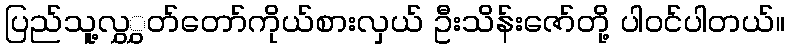
ပြည်သူ့လွှွှတ်တော်ကိုယ်စားလှယ် ဦးသိန်းဇော်တို့ ပါဝင်ပါတယ်။